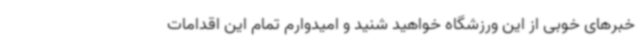
خبرهای خوبی از این ورزشگاه خواهید شنید و امیدوارم تمام این اقدامات